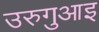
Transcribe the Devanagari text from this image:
उरुगुआइ